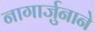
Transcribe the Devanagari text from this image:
नागार्जुनाने